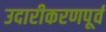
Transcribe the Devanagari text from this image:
उदारीकरणपूर्व